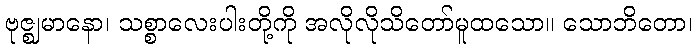
ဗုဇ္ဈမာနော၊ သစ္စာလေးပါးတို့ကို အလိုလိုသိတော်မူထသော။ သောဘိတော၊